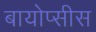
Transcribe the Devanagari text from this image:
बायोप्सीस